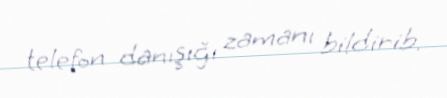
telefon danışığı zamanı bildirib.